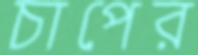
চাপের